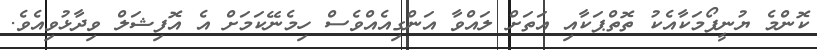
ކޮންމެ ޔުނީފޯމަކާއެކު ތޮތްޕަކާއި އަތަށް ލައްވާ އަންގިއެއްވެސް ހިމެނޭކަމަށް އެ އޮފިޝަލް ވިދާޅުވިއެވެ.